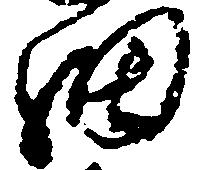
細